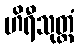
ဟိရီသုတ္တံ